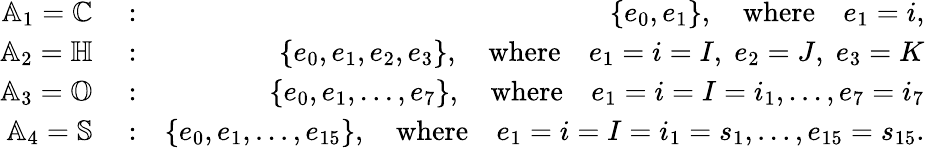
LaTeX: \begin{array}{rlr}{\mathbb{A}_{1}=\mathbb{C}}&{{}:}&{\{ e_{0},e_{1}\} ,\quad\textrm{where}\quad e_{1}=i,}\\ {\mathbb{A}_{2}=\mathbb{H}}&{{}:}&{\{ e_{0},e_{1},e_{2},e_{3}\} ,\quad\textrm{where}\quad e_{1}=i=I,\; e_{2}=J,\; e_{3}=K}\\ {\mathbb{A}_{3}=\mathbb{O}}&{{}:}&{\{ e_{0},e_{1},...,e_{7}\} ,\quad\textrm{where}\quad e_{1}=i=I=i_{1},...,e_{7}=i_{7}}\\ {\mathbb{A}_{4}=\mathbb{S}}&{{}:}&{\{ e_{0},e_{1},...,e_{15}\} ,\quad\textrm{where}\quad e_{1}=i=I=i_{1}=s_{1},...,e_{15}=s_{15}.}\end{array}